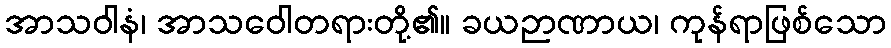
အာသဝါနံ၊ အာသဝေါတရားတို့၏။ ခယဉာဏာယ၊ ကုန်ရာဖြစ်သော